Civil Veterinary Dept. Assam report 1927-50 - 1927-1950
Year: 1927
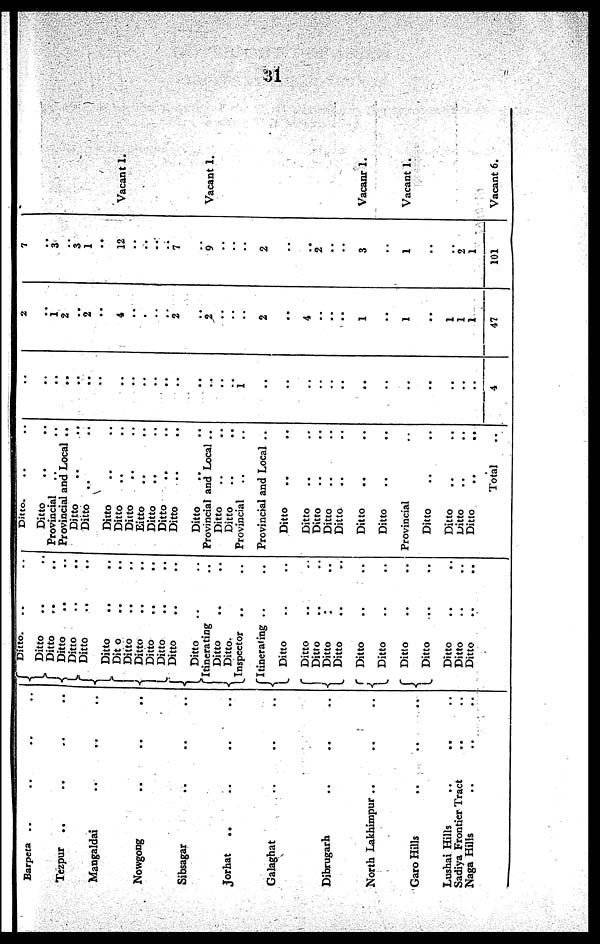
3l
Barpeta .. .. .. ..
Tezpur .. .. .. ..
Mangaldai .. .. ..
Nowgong .. .. ..
Sibsagar .. .. ..
Jorhat
..
..
.. ..
Galaghat .. .. ..
Dibrugarh .. .. ..
North Lakhimpur .. .. ..
Garo Hills .. .. ..
Lushai Hills .. .. ..
Sadiya Frontier Tract .. ..
Naga Hills .. .. ..
Ditto. .. ..
Ditto .. ..
Ditto .. ..
Ditto .. ..
Ditto .. ..
Ditto .. ..
Ditto .. ..
Dit o .. ..
Ditto .. ..
Ditto .. ..
Ditto .. ..
Ditto .. ..
Ditto .. ..
Ditto .. ..
Itinerating ..
Ditto .. ..
Ditto.
Inspector .. ..
Itinerating .. ..
Ditto .. ..
Ditto .. ..
Ditto .. ..
Ditto
: ..
Ditto .. ..
Ditto .. ..
Ditto .. ..
Ditto .. ..
Ditto .. ..
Ditto .. ..
Ditto .. ..
Ditto .. ..
Ditto. .. ..
Ditto .. ..
Provincial .. ..
Provincial and Local ..
Ditto .. ..
Ditto .. ..
Ditto .. ..
Ditto .. ..
Diito ..
Eitto .. ..
Ditto .. ..
Ditto .. ..
Ditto .. ..
Ditto .. ..
Provincial and Local ..
Ditto .. ..
Ditto .. ..
Provincial .. ..
Provincial and Local ..
Ditto .. ..
Ditto .. ..
Ditto .. ..
Ditto .. ..
Ditto .. ..
Ditto .. ..
Ditto .. ..
Provincial ..
Ditto .. ..
Ditto .. ..
Ditto .. ..
Ditto .. ..
Total ..
..
..
..
..
..
..
..
..
..
..
..
..
..
..
..
..
..
1
..
..
..
..
..
..
..
..
..
..
..
..
..
4
2
..
1
2
..
2
..
4
..
..
..
..
2
..
2
..
..
..
2
..
4
..
..
..
1
..
1
..
1
1
1
47
7
..
3
..
3
1
..
..
12
..
..
..
..
7
..
9
..
..
..
2
..
..
2
..
..
3
..
1
..
..
2
1
101
Vacant 1.
Vacant 1.
Vacant 1.
Vacant 1.
Vacant 6.